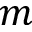
m